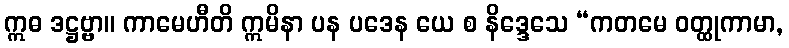
ဣဓ ဒဋ္ဌဗ္ဗာ။ ကာမေဟီတိ ဣမိနာ ပန ပဒေန ယေ စ နိဒ္ဒေသေ “ကတမေ ဝတ္ထုကာမာ,